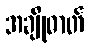
အချိုဓာတ်